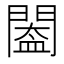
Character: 𨵵